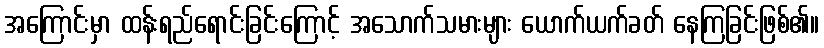
အကြောင်းမှာ ထန်းရည်ရောင်းခြင်းကြောင့် အသောက်သမားများ ယောက်ယက်ခတ် နေကြခြင်းဖြစ်၏။